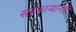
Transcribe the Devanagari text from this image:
सहकार्‍यांनाही